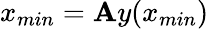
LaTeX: x_{min}=\mathbf{A}y(x_{min})